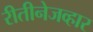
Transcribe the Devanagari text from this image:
रीतीनेजव्हार